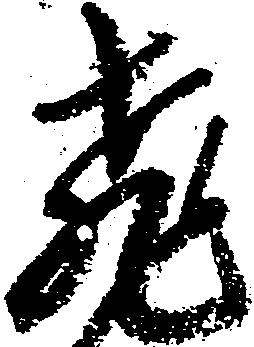
飛